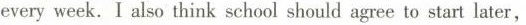
every week. I also think school should agree to start later，